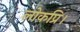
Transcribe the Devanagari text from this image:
लोकप्रि।